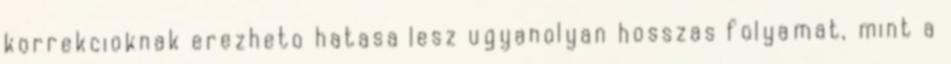
korrekcioknak erezheto hatasa lesz ugyanolyan hosszas folyamat, mint a